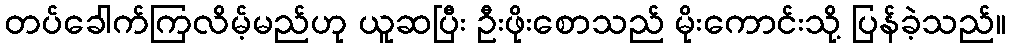
တပ်ခေါက်ကြလိမ့်မည်ဟု ယူဆပြီး ဦးဖိုးစောသည် မိုးကောင်းသို့ ပြန်ခဲ့သည်။